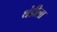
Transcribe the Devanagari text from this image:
थंडीला